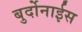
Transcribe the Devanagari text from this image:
बुर्दोनाईस